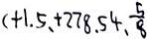
( + 1 . 5 , + 2 7 8 . 5 4 , \frac { 5 } { 8 }